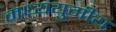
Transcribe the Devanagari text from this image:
मध्ययुगीय